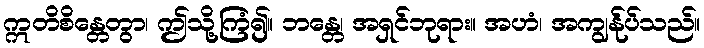
ဣတိစိန္တေတွာ၊ ဤသို့ကြံ၍။ ဘန္တေ၊ အရှင်ဘုရား။ အဟံ၊ အကျွန်ုပ်သည်။